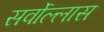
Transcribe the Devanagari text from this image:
सर्वोल्लास